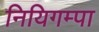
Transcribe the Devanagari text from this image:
नियिगम्‍पा